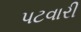
પટવારી